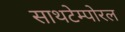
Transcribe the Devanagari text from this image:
साथटेम्पोरल